Vaccination report Assam 1874-1896 - 1874-1896
Year: 1874
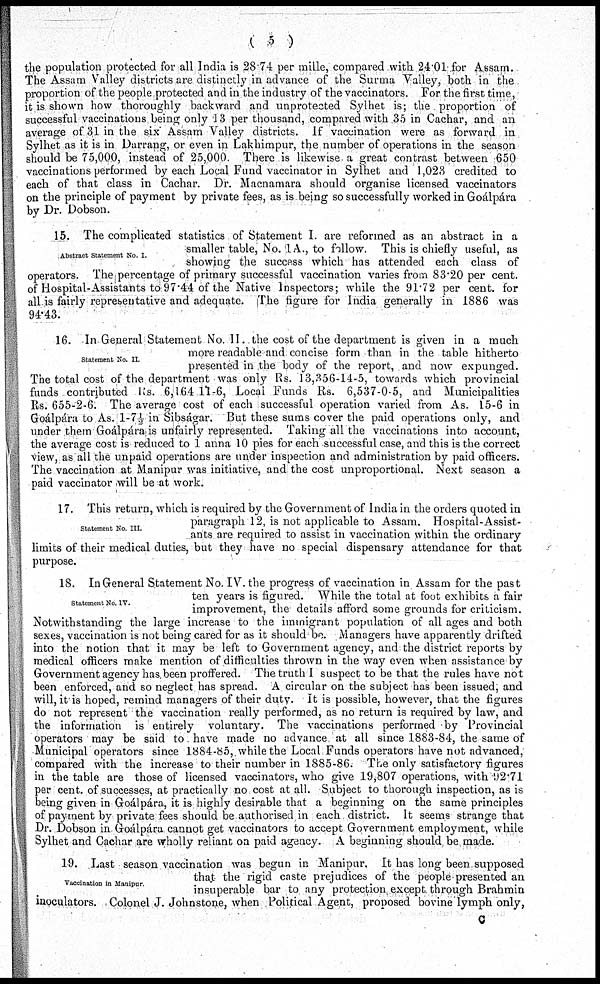
( 5 )
the population protected for all India is 28.74 per mille, compared with 24.01 for Assam.
The Assam Valley districts are distinctly in advance of the Surma Valley, both in the
proportion of the people protected and in the industry of the vaccinators. For the first time,
it is shown how thoroughly backward and unprotected Sylhet is; the proportion of
successful vaccinations being only 13 per thousand, compared with 35 in Cachar, and an
average of 31 in the six Assam Valley districts. If vaccination were as forward in
Sylhet as it is in Darrang, or even in Lakhimpur, the number of operations in the season
should be 75,000, instead of 25,000. There is likewise a great contrast between 650
vaccinations performed by each Local Fund vaccinator in Sylhet and 1,023 credited to
each of that class in Cachar. Dr. Macnamara should organise licensed vaccinators
on the principle of payment by private fees, as is being so successfully worked in Goálpára
by Dr. Dobson.
Abstract Statement No. I.
15. The complicated statistics of Statement I. are reformed as an abstract in a
smaller table, No. 1A., to follow. This is chiefly useful, as
showing the success which has attended each class of
operators. The percentage of primary successful vaccination varies from 83.20 per cent.
of Hospital-Assistants to 97.44 of the Native Inspectors; while the 91.72 per cent. for
all is fairly representative and adequate. The figure for India generally in 1886 was
94.43.
Statement No. II.
16. In General Statement No. II. the cost of the department is given in a much
more readable and concise form than in the table hitherto
presented in the body of the report, and now expunged.
The total cost of the department was only Rs. 13,356-14-5, towards which provincial
funds contributed Rs. 6,164 11-6, Local Funds Rs. 6,537-0-5, and Municipalities
Rs. 655-2-6. The average cost of each successful operation varied from As. 15-6 in
Goálpára to As. 1-7½ in Sibságar. But these sums cover the paid operations only, and
under them Goálpára is unfairly represented. Taking all the vaccinations into account,
the average cost is reduced to 1 anna 10 pies for each successful case, and this is the correct
view, as all the unpaid operations are under inspection and administration by paid officers.
The vaccination at Manipur was initiative, and the cost unproportional. Next season a
paid vaccinator will be at work.
Statement No. III.
17. This return, which is required by the Government of India in the orders quoted in
paragraph 12, is not applicable to Assam. Hospital-Assist-
ants are required to assist in vaccination within the ordinary
limits of their medical duties, but they have no special dispensary attendance for that
purpose.
Statement No. IV.
18. In General Statement No. IV. the progress of vaccination in Assam for the past
ten years is figured. While the total at foot exhibits a fair
improvement, the details afford some grounds for criticism.
Notwithstanding the large increase to the immigrant population of all ages and both
sexes, vaccination is not being cared for as it should be. Managers have apparently drifted
into the notion that it may be left to Government agency, and the district reports by
medical officers make mention of difficulties thrown in the way even when assistance by
Government agency has been proffered. The truth I suspect to be that the rules have not
been enforced, and so neglect has spread. A circular on the subject has been issued, and
will, it is hoped, remind managers of their duty. It is possible, however, that the figures
do not represent the vaccination really performed, as no return is required by law, and
the information is entirely voluntary. The vaccinations performed by Provincial
operators may be said to have made no advance, at all since 1883-84, the same of
Municipal operators since 1884-85, while the Local Funds operators have not advanced,
compared with the increase to their number in 1885-86. The only satisfactory figures
in the table are those of licensed vaccinators, who give 19,807 operations, with 92.71
per cent. of successes, at practically no cost at all. Subject to thorough inspection, as is
being given in Goálpára, it is highly desirable that a beginning on the same principles
of payment by private fees should be authorised in each district. It seems strange that
Dr. Dobson in Goálpára cannot get vaccinators to accept Government employment, while
Sylhet and Cachar are wholly reliant on paid agency. A beginning should be made.
Vaccination in Manipur.
19. Last season vaccination was begun in Manipur. It has long been supposed
that the rigid caste prejudices of the people presented an
insuperable bar to any protection except through Brahmin
inoculators. Colonel J. Johnstone, when Political Agent, proposed bovine lymph only,
C